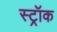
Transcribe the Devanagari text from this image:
स्ट्रॉक